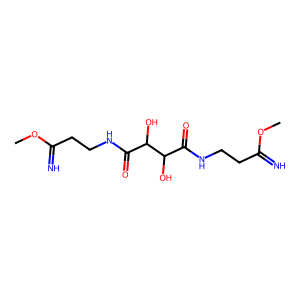
SMILES: COC(=N)CCNC(=O)C(O)C(O)C(=O)NCCC(=N)OC
Inhibits HIV replication: No